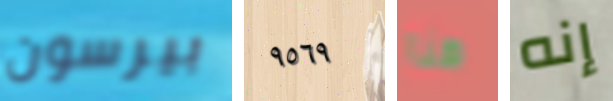
بيرسون ٩٥٦٩ هنا إنه